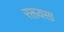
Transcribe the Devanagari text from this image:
रक्तवसा